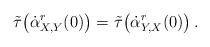
LaTeX: \begin{align*} \tilde\tau\big({\dot\alpha_{X,Y}^r}(0)\big)= \tilde\tau\big({\dot\alpha_{Y,X}^r}(0)\big)\,. \end{align*}